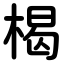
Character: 楬